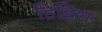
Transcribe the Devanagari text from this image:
हिट्टिभ